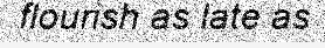
flourish as late as